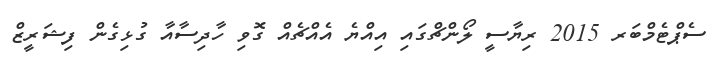
ސެޕްޓެމްބަރ 2015 ރިޔާސީ ލޯންޗްގައި އިއްޔެ އެއްޗެއް ގޮވި ހާދިސާއާ ގުޅިގެން ފިޝަރީޒް